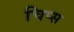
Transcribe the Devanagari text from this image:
चिप्‍स